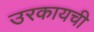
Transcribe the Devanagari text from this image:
उरकायची